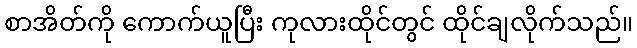
စာအိတ်ကို ကောက်ယူပြီး ကုလားထိုင်တွင် ထိုင်ချလိုက်သည်။